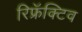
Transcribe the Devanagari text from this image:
रिफ्रॅक्टिव